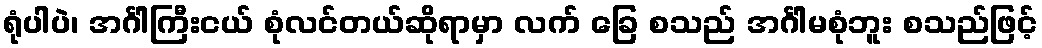
ရုံပါပဲ၊ အင်္ဂါကြီးငယ် စုံလင်တယ်ဆိုရာမှာ လက် ခြေ စသည် အင်္ဂါမစုံဘူး စသည်ဖြင့်